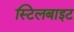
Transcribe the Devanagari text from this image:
स्टिलबाइट